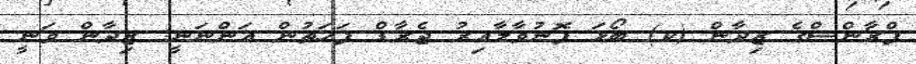
ފްރާންސްގެ ޒިދާން (ކ) ބޯޅަ ފޮނުވާލާއިރު ޖެރާޑް ފަހަތުން އަންނަނީ: ޒިދާން ވަނީ